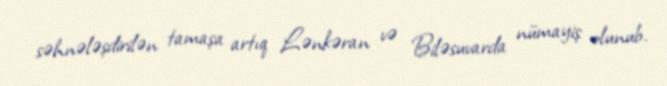
səhnələşdirilən tamaşa artıq Lənkəran və Biləsuvarda nümayiş olunub.